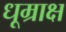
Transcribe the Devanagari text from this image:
धूम्राक्ष